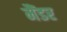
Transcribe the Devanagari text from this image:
मैंडर